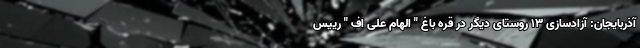
آذربایجان: آزادسازی ۱۳ روستای دیگر در قره باغ " الهام علی اف " رییس